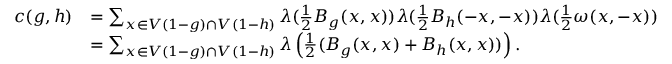
\begin{array} { r l } { c ( g , h ) } & { = \sum _ { x \in V ( 1 - g ) \cap V ( 1 - h ) } \lambda ( \frac { 1 } { 2 } B _ { g } ( x , x ) ) \lambda ( \frac { 1 } { 2 } B _ { h } ( - x , - x ) ) \lambda ( \frac { 1 } { 2 } \omega ( x , - x ) ) } \\ & { = \sum _ { x \in V ( 1 - g ) \cap V ( 1 - h ) } \lambda \left( \frac { 1 } { 2 } ( B _ { g } ( x , x ) + B _ { h } ( x , x ) ) \right) . } \end{array}